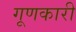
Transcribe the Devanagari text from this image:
गूणकारी